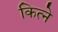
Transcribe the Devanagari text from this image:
कित्ने